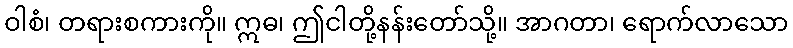
ဝါစံ၊ တရားစကားကို။ ဣဓ၊ ဤငါတို့နန်းတော်သို့။ အာဂတာ၊ ရောက်လာသော